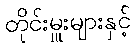
တိုင်းမှူးများနှင့်